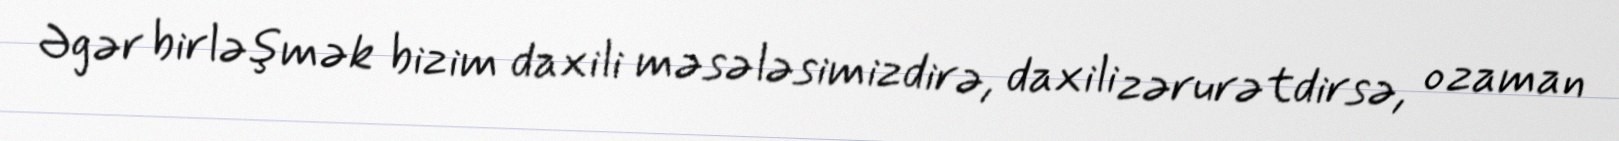
Əgər birləşmək bizim daxili məsələsimizdirə, daxili zərurətdirsə, o zaman